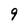
Character: 9